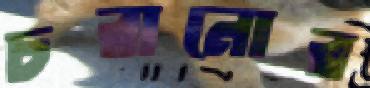
চরানোর